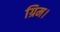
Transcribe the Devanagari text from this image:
ग्रिम।